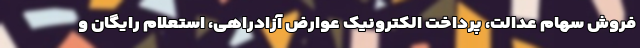
فروش سهام عدالت، پرداخت الکترونیک عوارض آزادراهی، استعلام رایگان و